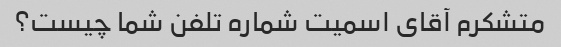
متشکرم آقای اسمیت شماره تلفن شما چیست؟